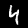
Label: 4